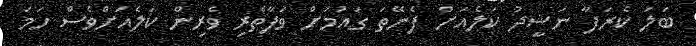
ބަލަ ކެރަފާ ނަޝީދު ކަލެއަށް ފެނޭތަ ގައުމަށް ވަފާތެރި ވެރިން ކަލެއަށްވެސް ހަމަ